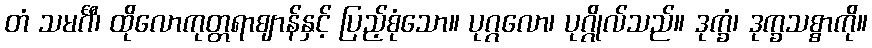
တံ သမင်္ဂီ၊ ထိုလောကုတ္တရာဈာန်နှင့် ပြည့်စုံသော။ ပုဂ္ဂလော၊ ပုဂ္ဂိုလ်သည်။ ဒုက္ခံ၊ ဒုက္ခသစ္စာကို။